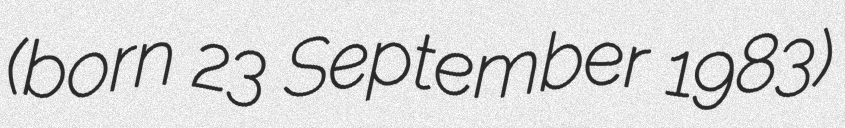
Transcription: (born 23 September 1983)